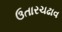
ઉતારચઢાવ